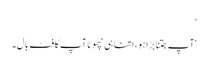
‘
‘آپ جتنا بڑا ہو ، اتنا ہی چھوٹا آپ کا فٹ بال۔